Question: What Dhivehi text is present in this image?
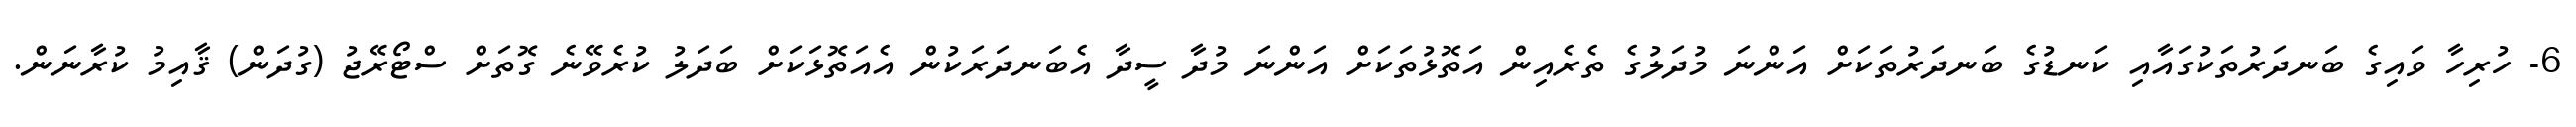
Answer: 6- ހުރިހާ ވައިގެ ބަނދަރުތަކުގައާއި ކަނޑުގެ ބަނދަރުތަކަށް އަންނަ މުދަލުގެ ތެރެއިން އަތޮޅުތަކަށް އަންނަ މުދާ ސީދާ އެބަނދަރަކުން އެއަތޮޅަކަށް ބަދަލު ކުރެވޭނެ ގޮތަށް ސްޓޯރޭޖު (ގުދަން) ޤާއިމު ކުރާނަން.